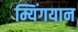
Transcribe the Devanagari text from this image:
म्यिंगयान